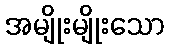
အမျိုးမျိုးသော